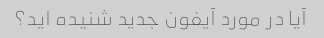
آیا در مورد آیفون جدید شنیده اید؟